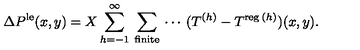
\Delta P ^ { \mathrm { \scriptsize { l e } } } ( x , y ) = X \sum _ { h = - 1 } ^ { \infty } \: \sum _ { \mathrm { \scriptsize { f i n i t e } } } \: \cdots \: ( T ^ { ( h ) } - T ^ { \mathrm { \scriptsize { r e g } } \: ( h ) } ) ( x , y ) .